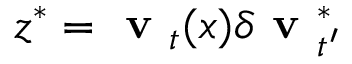
z ^ { * } = \textbf { v } _ { t } ( x ) \delta \textbf { v } _ { t ^ { \prime } } ^ { * }